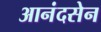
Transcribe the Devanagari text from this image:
आनंदसेन